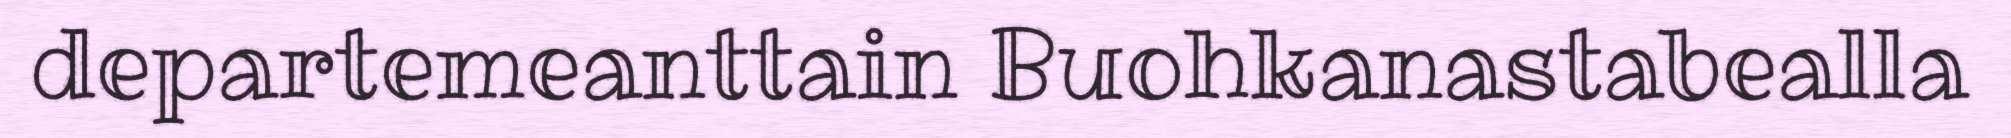
departemeanttain Buohkanastabealla